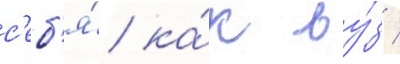
с'еб'я́ ка́к ву́з /